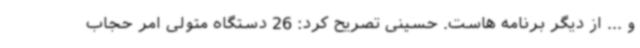
و ... از دیگر برنامه هاست. حسینی تصریح کرد: 26 دستگاه متولی امر حجاب